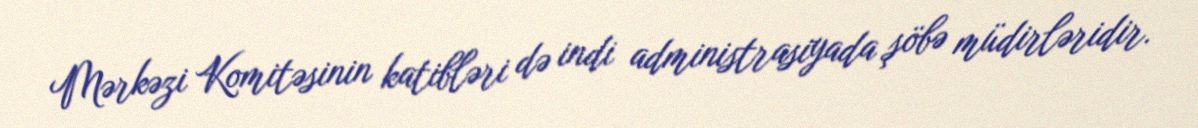
Mərkəzi Komitəsinin katibləri də indi administrasiyada şöbə müdirləridir.